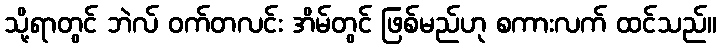
သို့ရာတွင် ဘဲလ် ဝက်တလင်း အိမ်တွင် ဖြစ်မည်ဟု စကားလက် ထင်သည်။